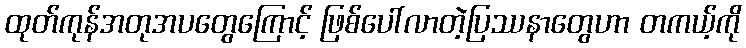
ထုတ်ကုန်အတုအပတွေကြောင့် ဖြစ်ပေါ်လာတဲ့ပြဿနာတွေဟာ တကယ့်ကို